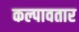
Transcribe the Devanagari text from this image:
कल्पावतार